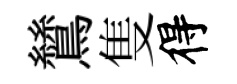
鷥隻得